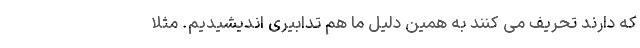
که دارند تحریف می کنند به همین دلیل ما هم تدابیری اندیشیدیم. مثلا